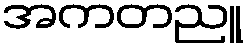
အကတညူ